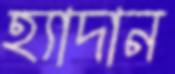
হ্যাদান